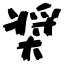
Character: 奨